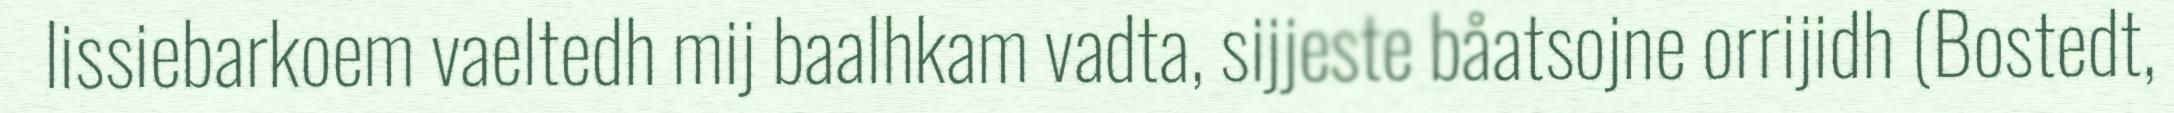
lissiebarkoem vaeltedh mij baalhkam vadta, sijjeste båatsojne orrijidh (Bostedt,